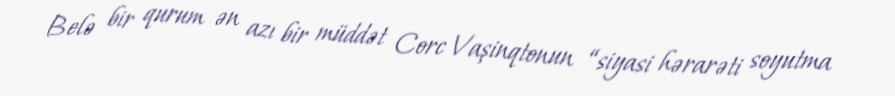
Belə bir qurum ən azı bir müddət Corc Vaşinqtonun “siyasi hərarəti soyutma